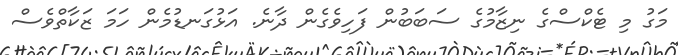
މަގު މި ޓެކްސްގެ ނިޒާމުގެ ސަބަބުން ފަހިވެގެން ދާނެ. އަޅުގަނޑުމެން ހަމަ ޒަކާތްވެސް